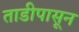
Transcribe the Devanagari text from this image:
ताडीपासून